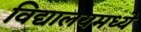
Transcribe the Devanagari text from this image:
विद्यालयमध्ये